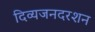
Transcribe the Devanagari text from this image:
दिव्यजनदरशन